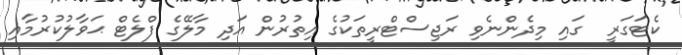
ކެޓަގަރީ  ގައި މިދެންނެވި ރަޖިސްޓްރީތަކުގެ އިތުރުން އަދި މާލޭގެ ފްލެޓް ޙަވާލުކުރުމާއި